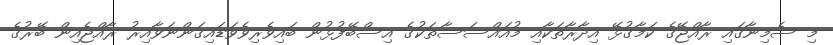
މި ސެމިނާގައި ރާއްޖޭގެ ކަމާގުޅޭ އިދާރާތަކާއި މުއައްސަސާތަކުގެ އިސްބޭފުޅުން ބައިވެރިވެވަޑައިގަންނަވާއިރު ރާއްޖެއިން ބޭރުގެ